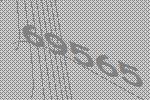
69565